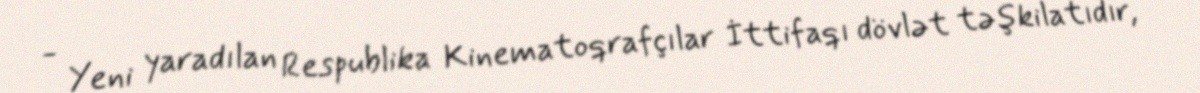
- Yeni yaradılan Respublika Kinematoqrafçılar İttifaqı dövlət təşkilatıdır,